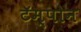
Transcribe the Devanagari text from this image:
टॅम्पोन